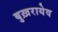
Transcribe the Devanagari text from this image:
बुख़रायेव